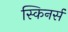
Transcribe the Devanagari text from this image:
स्किनर्स